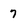
Character: 7